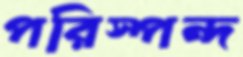
পরিস্পন্দ